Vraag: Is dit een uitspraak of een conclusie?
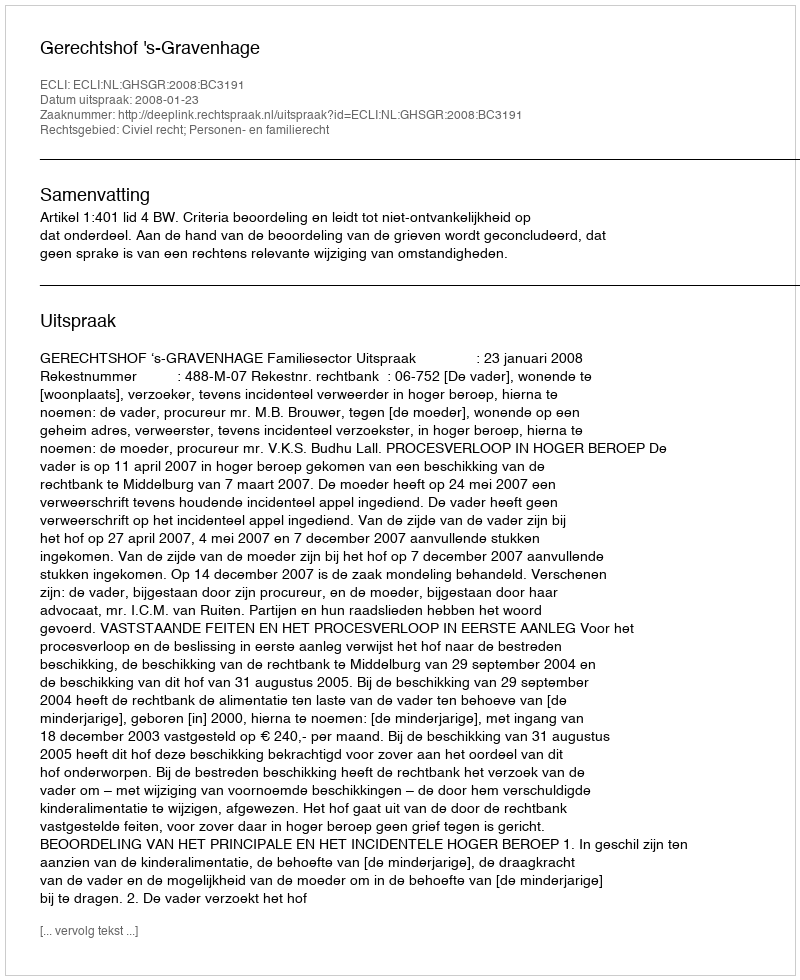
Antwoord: Uitspraak